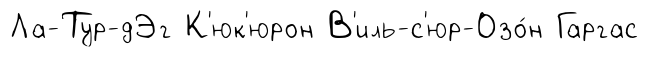
Ла-Тур-дЭг К'юк'юрон В'иль-с'юр-Озо́н Гаргас